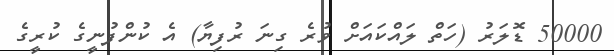
50000 ޑޮލަރު (ހަތް ލައްކައަށް ވުރެ ގިނަ ރުފިޔާ) އެ ކުންފުނީގެ ކުރީގެ